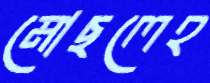
মোছলেহ